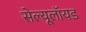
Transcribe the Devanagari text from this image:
सेल्यूलॉयड